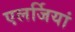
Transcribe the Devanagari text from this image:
एलर्जियां